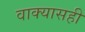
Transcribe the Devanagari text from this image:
वाक्यासही